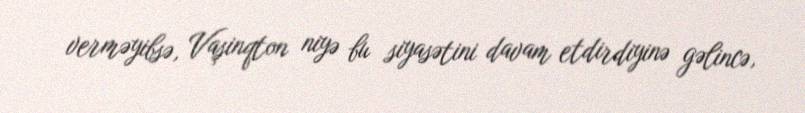
verməyibsə, Vaşinqton niyə bu siyasətini davam etdirdiyinə gəlincə,